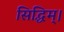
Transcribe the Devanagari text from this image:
सिद्धिम्।